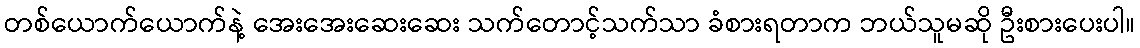
တစ်ယောက်ယောက်နဲ့ အေးအေးဆေးဆေး သက်တောင့်သက်သာ ခံစားရတာက ဘယ်သူမဆို ဦးစားပေးပါ။